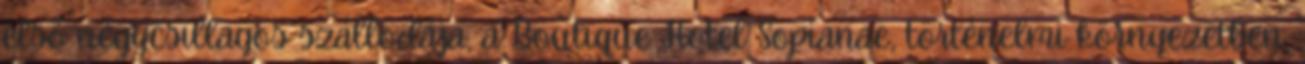
első négycsillagos szállodája, a Boutique Hotel Sopianae, történelmi környezetben,